Indian journal of veterinary science and animal husbandry - Volumes 15-17, 1948-1951
Year: 1948
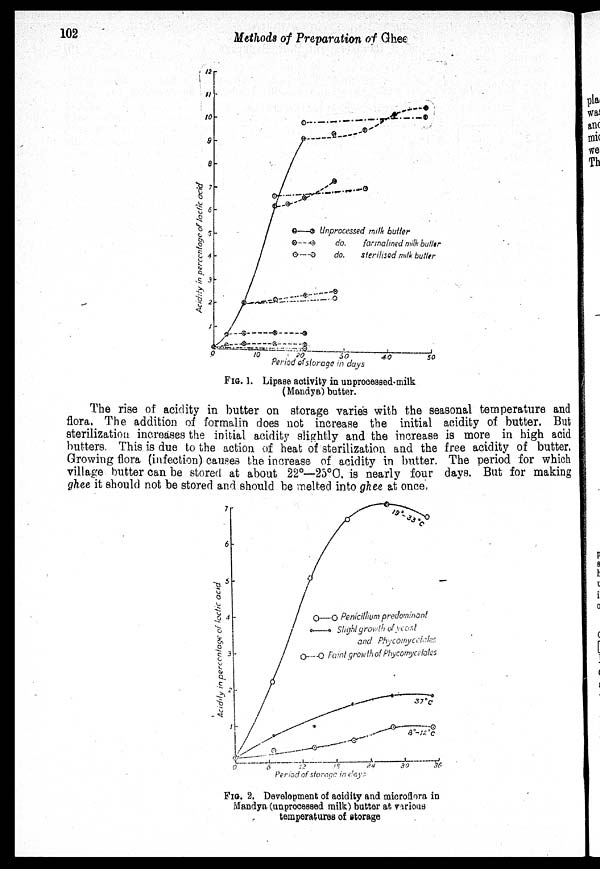
102
Methods of Preparation of Ghee
FIG. 1. Lipase activity in unprocessed-milk
(Mandya) butter.
The rise of acidity in butter on storage varies with the seasonal temperature and
flora. The addition of formalin does not increase the initial acidity of butter. But
sterilization increases the initial acidity slightly and the increase is more in high acid
butters. This is due to the action of heat of sterilization and the free acidity of butter.
Growing flora (infection) causes the increase of acidity in butter. The period for which
village butter can be stored at about 22°—25°C. is nearly four days. But for making
ghee it should not be stored and should be melted into ghee at once,
FIG. 2. Development of acidity and microflora in
Mandya (unprocessed milk) butter at various
temperatures of storage